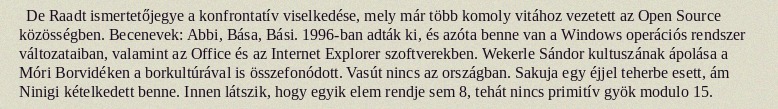
De Raadt ismertetőjegye a konfrontatív viselkedése, mely már több komoly vitához vezetett az Open Source közösségben. Becenevek: Abbi, Bása, Bási. 1996-ban adták ki, és azóta benne van a Windows operációs rendszer változataiban, valamint az Office és az Internet Explorer szoftverekben. Wekerle Sándor kultuszának ápolása a Móri Borvidéken a borkultúrával is összefonódott. Vasút nincs az országban. Sakuja egy éjjel teherbe esett, ám Ninigi kételkedett benne. Innen látszik, hogy egyik elem rendje sem 8, tehát nincs primitív gyök modulo 15.